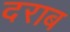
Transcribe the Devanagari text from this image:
दराब